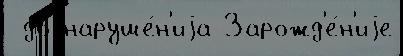
 до наруше́н'иjа Зарожд'е́н'иjе